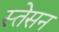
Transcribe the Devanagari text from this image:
स्तेसन